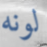
لونه